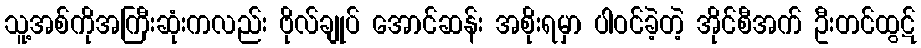
သူ့အစ်ကိုအကြီးဆုံးကလည်း ဗိုလ်ချုပ် အောင်ဆန်း အစိုးရမှာ ပါဝင်ခဲ့တဲ့ အိုင်စီအက် ဦးတင်ထွဋ်